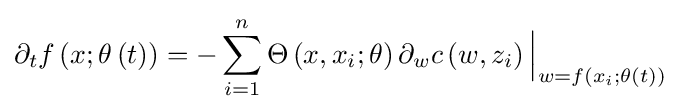
\partial _{t}f\left(x;\theta \left(t\right)\right)=-\sum _{i=1}^{n}\Theta \left(x,x_{i};\theta \right)\partial _{w}c\left(w,z_{i}\right){\Big |}_{w=f\left(x_{i};\theta \left(t\right)\right)}